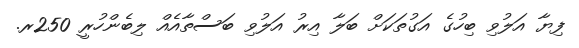
ފިޔާ އަލުވި ބިހުގެ އަގުތަކަށް ބަލާ އިރު އަލުވި ބަސްތާއެއް ލިބެންހުރީ 250ރ.